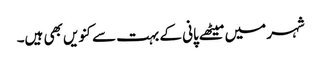
شہر میں میٹھے پانی کے بہت سے کنویں بھی ہیں۔